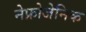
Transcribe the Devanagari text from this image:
नेफ्रोजेनिक